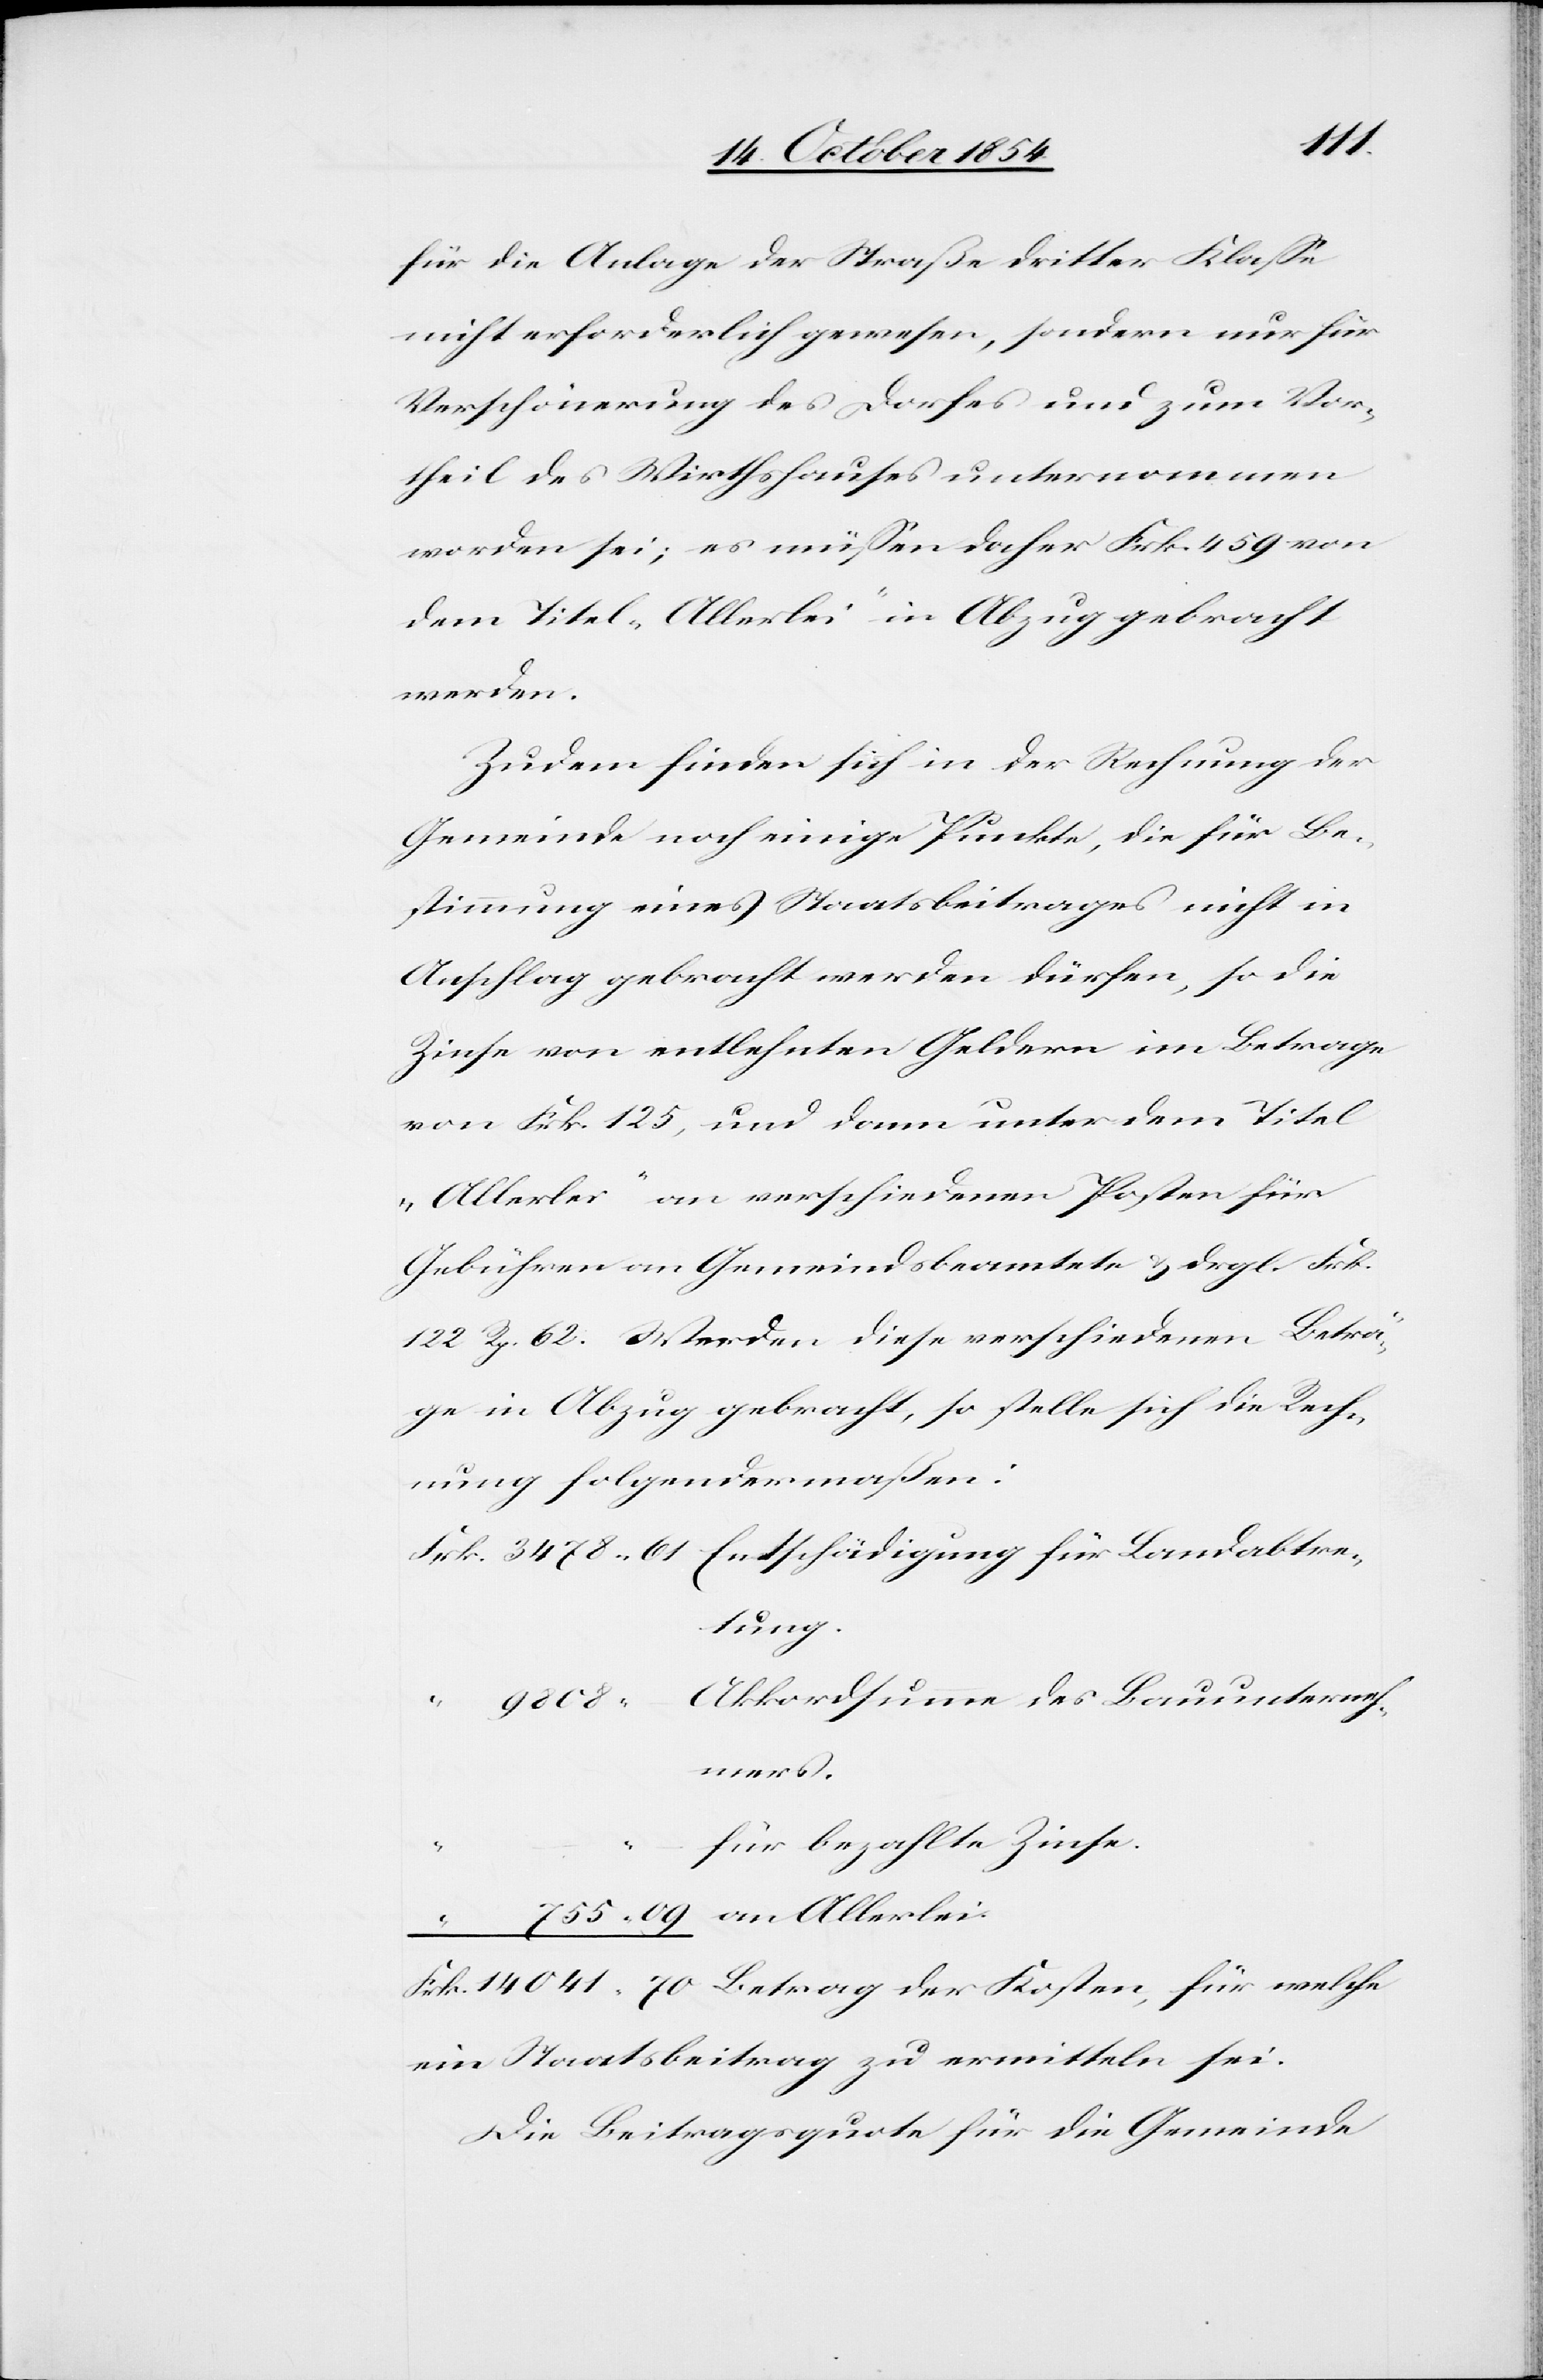
14
für die Anlage der Straße dritter Klaße
nicht erforderlich gewesen, sondern nur für
Verschönerung des Dorfes und zum Vor¬
theil des Wirthshauses unternommen
worden sei; es müßen daher Frk. 459 von
dem Titel „Allerlei“ in Abzug gebracht
werden.
Zudem finden sich in der Rechnung der
Gemeinde noch einige Punkte, die für Be¬
stimmung eines Staatsbeitrages nicht in
Anschlag gebracht werden dürfen, so die
Zinse von entlehnten Geldern im Betrage
von Frk. 125, und dann unter dem Titel
„Allerlei“ an verschiedenen Posten für
Gebühren an Gemeindsbeamtete u. dgl. Frk.
122 Rp. 62. Werden diese verschiedenen Beträ¬
ge in Abzug gebracht, so stelle sich die Rech¬
nung folgendermaßen:
Akkordsumme des Bauunterneh¬
mers.
für bezahlte Zinse.
ein Staatsbeitrag zu ermitteln sei.
Die Beitragsquote für die Gemeinde